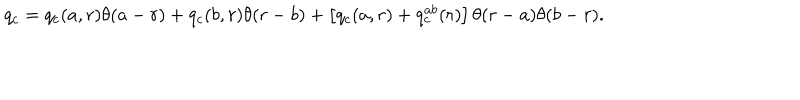
q _ { c } = q _ { c } ( a , r ) \theta ( a - r ) + q _ { c } ( b , r ) \theta ( r - b ) + \left[ q _ { c } ( a , r ) + q _ { c } ^ { a b } ( r ) \right] \theta ( r - a ) \theta ( b - r ) .